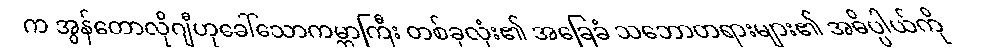
က အွန်တောလိုဂျီဟုခေါ်သောကမ္ဘာကြီး တစ်ခုလုံး၏ အခြေခံ သဘောတရားများ၏ အဓိပ္ပါယ်ကို